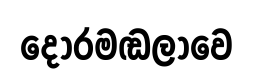
දොරමඬලාවෙ